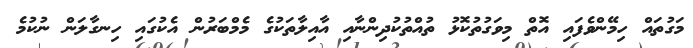
މަގުތައް ހިމޭންވެފައި އޮތް މިވަގުތުކޮޅު ތުއްތުކުދިންނާއި އާއިލާތަކުގެ މެމްބަރުން އެކުގައި ހިނގާލަން ނުކުމެ